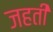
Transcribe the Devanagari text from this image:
जहती